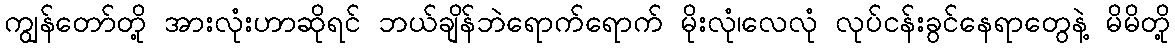
ကျွန်တော်တို့ အားလုံးဟာဆိုရင် ဘယ်ချိန်ဘဲရောက်ရောက် မိုးလုံ၊လေလုံ လုပ်ငန်းခွင်နေရာတွေနဲ့ မိမိတို့